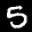
Label: 5